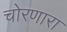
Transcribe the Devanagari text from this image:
चोरणारा